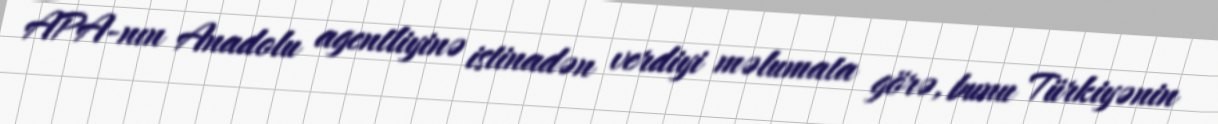
APA-nın Anadolu agentliyinə istinadən verdiyi məlumata görə, bunu Türkiyənin